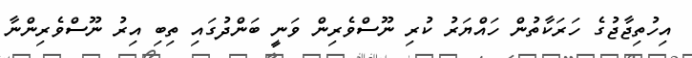
އިހުތިޖާޖުގެ ހަރަކާތުން ހައްޔަރު ކުރި ނޫސްވެރިން ވަނީ ބަންދުގައި ތިބި އިރު ނޫސްވެރިންނާ